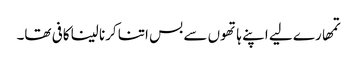
تمھارے لیے اپنے ہاتھوں سے بس اتنا کرنا لینا کافی تھا۔